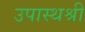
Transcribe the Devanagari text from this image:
उपास्थश्री